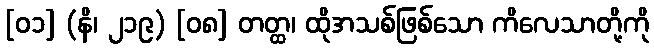
[၀၁] (နိ၊ ၂၁၉) [၀၈] တတ္ထ၊ ထိုအသစ်ဖြစ်သော ကိလေသာတို့ကို